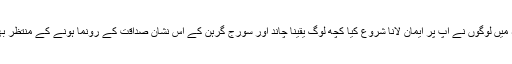
1889ء میں لوگوں نے آپ پر ایمان لانا شروع کیا کچھ لوگ یقینا چاند اور سورج گرہن کے اس نشانِ صداقت کے رونما ہونے کے منتظر بھی تھے۔